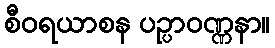
စီဝရယာစန ပဉ္ပာဝဏ္ဏနာ။